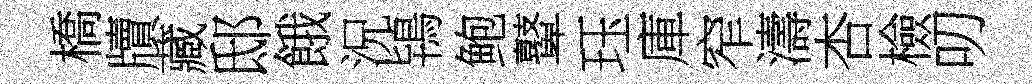
橋牘藏邸餓況鴇鲍鼙珏庫窄濤杏檢叨